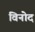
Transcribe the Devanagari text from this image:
विनोेद